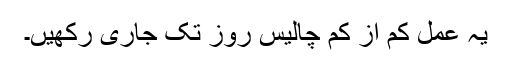
یہ عمل کم از کم چالیس روز تک جاری رکھیں۔